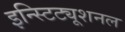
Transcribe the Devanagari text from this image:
इन्स्टिट्यूशनल